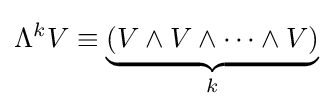
\Lambda ^{k}V\equiv \underbrace {\left(V\wedge V\wedge \cdots \wedge V\right)} _{k}